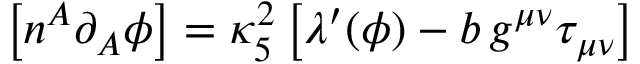
\left[ n ^ { A } \partial _ { A } \phi \right] = \kappa _ { 5 } ^ { 2 } \left[ \lambda ^ { \prime } ( \phi ) - b \, g ^ { \mu \nu } \tau _ { \mu \nu } \right]